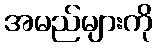
အမည်များကို